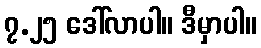
၇.၂၅ ဒေါ်လာပါ။ ဒီမှာပါ။